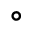
^ \circ